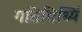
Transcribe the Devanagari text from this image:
गतिविध्यिं